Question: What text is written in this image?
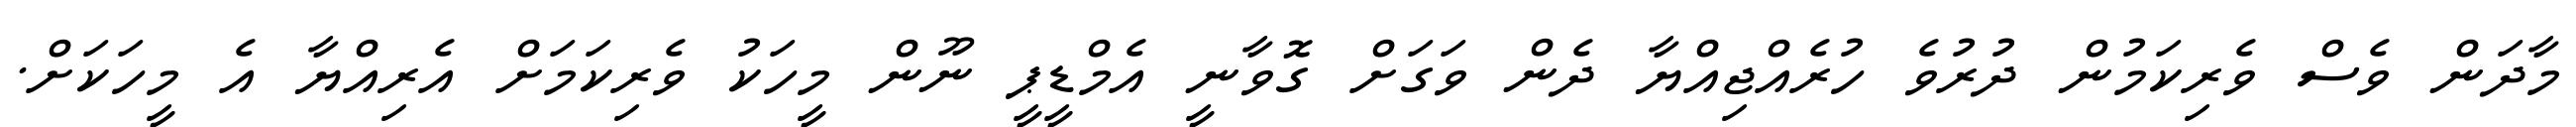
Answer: މާދަން ވެސް ވެރިކަމުން ދުރުވެ ހުރެއްޖިއްޔާ ދެން ވަގަށް ގޮވާނީ އެމްޑީޕީ ނޫން މީހަކު ވެރިކަމަށް އެރިއްޔާ އެ މީހަކަށް.